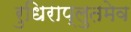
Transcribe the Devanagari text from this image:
रुधिराप्लुतमेव